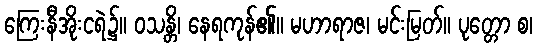
ကြေးနီအိုးငရဲ၌။ ဝသန္တိ၊ နေရကုန်၏။ မဟာရာဇ၊ မင်းမြတ်။ ပုတ္တော စ၊